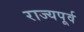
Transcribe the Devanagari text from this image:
राज्यपूर्व